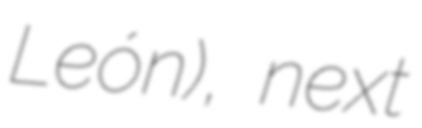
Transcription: León), next